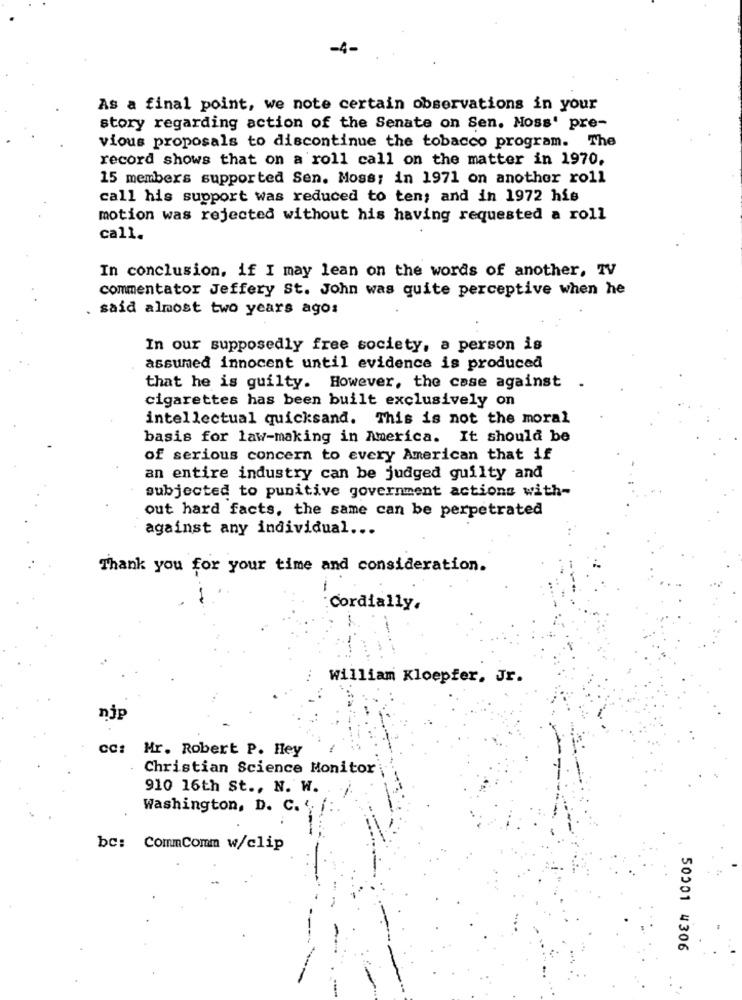
-4
As a final point, we note certain observations in your
story regarding action of the Senate on Sen. Moss' pre-
vious proposals to discontinue the tobacco program. The
record shows that on a roll call on the matter in 1970.
15 members supported Sen. Moss; in 1971 on another roll
call his support was reduced to ten; and in 1972 his
motion was rejected without his having requested a roll
call.
In conclusion, if I may lean on the words of another, TV
commentator Jeffery St. John was quite perceptive when he
. said almost two years ago:
In our supposedly free society, a person is
assumed innocent until evidence is produced
that he is guilty. However, the case against
.
cigarettes has been built exclusively on
intellectual quicksand. This is not the moral
basis for law-making in America. It should be
of serious concern to every American that if
an entire industry can be judged guilty and
subjected to punitive government actions with-
out hard facts, the same can be perpetrated
against any individual ...
Thank you for your time and consideration.
Cordially.
william Kloepfer, Jr.
njp
cc: Mr. Robert P. Hey
Christian Science Monitor
910 16th St ., N. W.
Washington, D. C. '
bc: CommComm w/clip
50001 4306